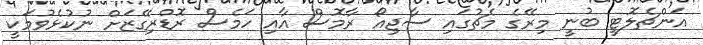
އަންޗެލޮޓީ ބުނީ މިރޭގެ މެޗުގައި ސާޖިއޯ ރާމޮސް އާއި ހަމެސް ރޮޑްރިގޭޒަށް ނުކުޅެވުމަކީ